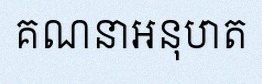
គណនាអនុបាត